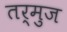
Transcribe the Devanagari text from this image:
तर्मुज